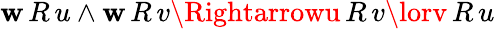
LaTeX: \mathbf{w}\, R\, u\land\mathbf{w}\, R\, v\Rightarrowu\, R\, v\lorv\, R\, u